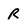
Character: R